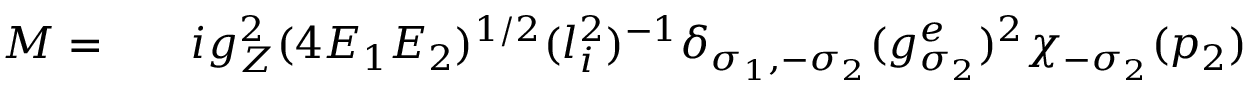
\begin{array} { r l r } { { \cal M } = } & { { } } & { i g _ { Z } ^ { 2 } ( 4 E _ { 1 } E _ { 2 } ) ^ { 1 / 2 } ( l _ { i } ^ { 2 } ) ^ { - 1 } \delta _ { \sigma _ { 1 } , - \sigma _ { 2 } } ( g _ { \sigma _ { 2 } } ^ { e } ) ^ { 2 } \chi _ { - \sigma _ { 2 } } ( p _ { 2 } ) } \end{array}